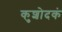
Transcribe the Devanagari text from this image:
कुशोदकं